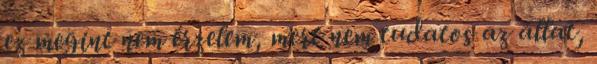
ez megint nem érzelem, mert nem tudatos az állat,